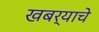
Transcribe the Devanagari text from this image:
खबर्‍याचे